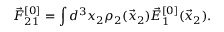
\vec { F } _ { 2 1 } ^ { [ 0 ] } = \int d ^ { 3 } x _ { 2 } \rho _ { 2 } ( \vec { x } _ { 2 } ) \vec { E } _ { 1 } ^ { [ 0 ] } ( \vec { x } _ { 2 } ) .